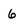
Character: 6